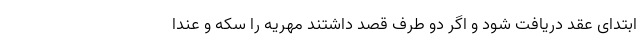
ابتدای عقد دریافت شود و اگر دو طرف قصد داشتند مهریه را سکه و عندا